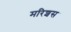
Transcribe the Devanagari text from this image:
मरिशस